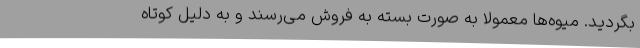
بگردید. میوه‌ها معمولا به صورت بسته به فروش می‌رسند و به دلیل کوتاه